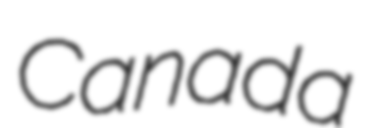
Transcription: Canada